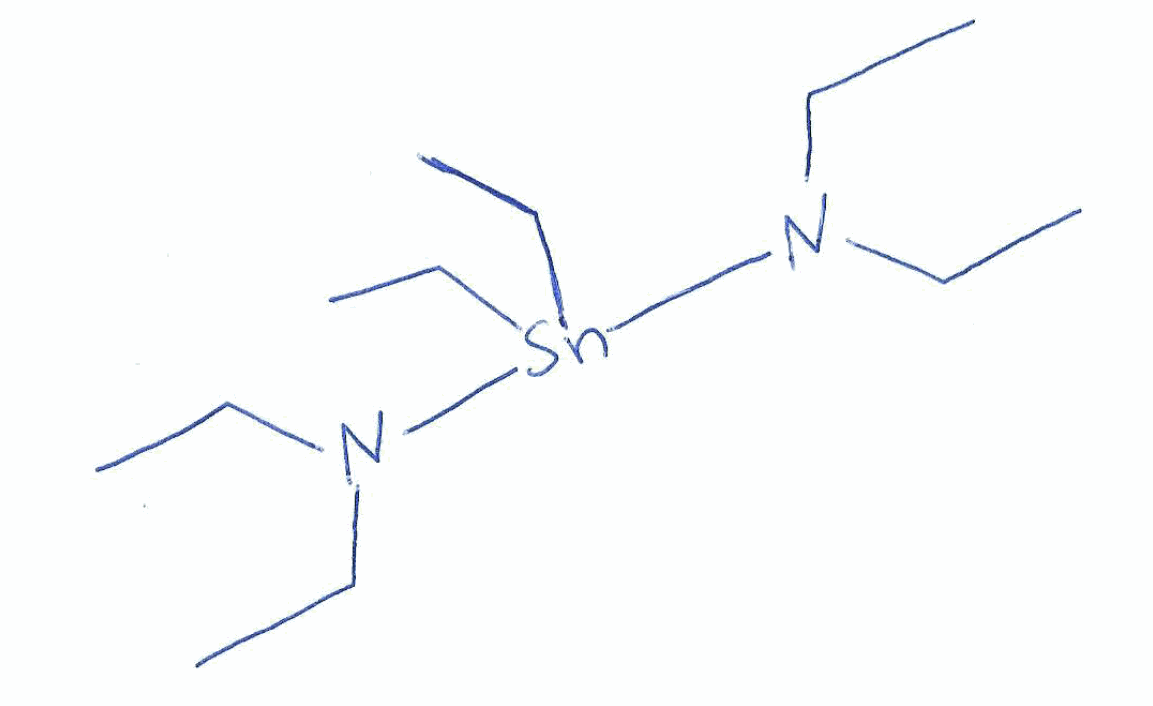
Simplified molecular-input line-entry system (SMILES) notation of the given molecule:
CCN(CC)[Sn](CC)(CC)N(CC)CC